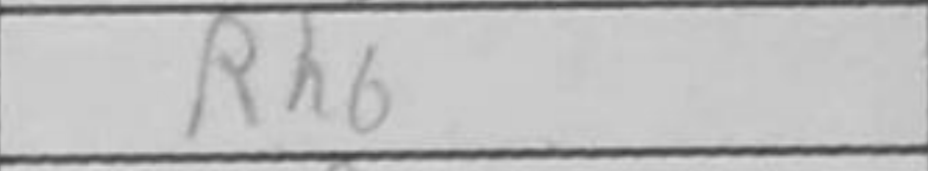
Transcription: Rh6